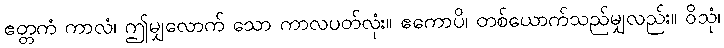
ဧတ္တကံ ကာလံ၊ ဤမျှလောက် သော ကာလပတ်လုံး။ ဧကောပိ၊ တစ်ယောက်သည်မျှလည်း။ ဝိသုံ၊